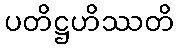
ပတိဋ္ဌဟိဿတိ